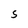
Character: 5